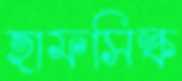
হাফসিল্ক